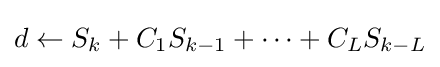
d\gets S_{k}+C_{1}S_{k-1}+\cdots +C_{L}S_{k-L}